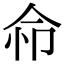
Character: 𢘈